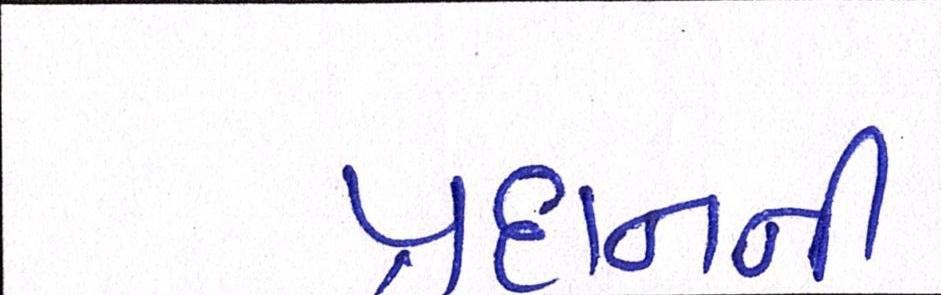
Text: પ્રદાનની